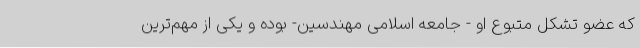
که عضو تشکل متبوع او - جامعه اسلامی مهندسین- بوده و یکی از مهم‌ترین